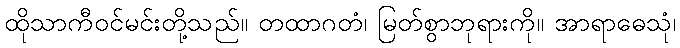
ထိုသာကီဝင်မင်းတို့သည်။ တထာဂတံ၊ မြတ်စွာဘုရားကို။ အာရာဓေသုံ၊